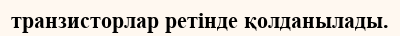
транзисторлар ретінде қолданылады.